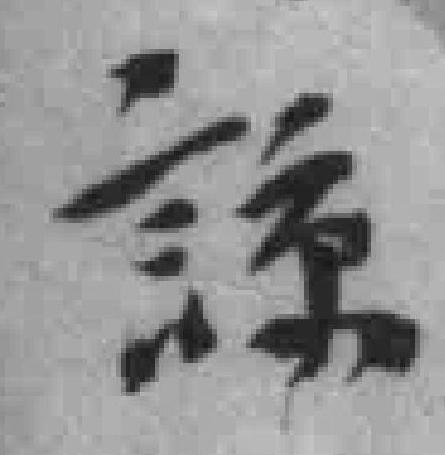
諒